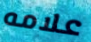
علامه